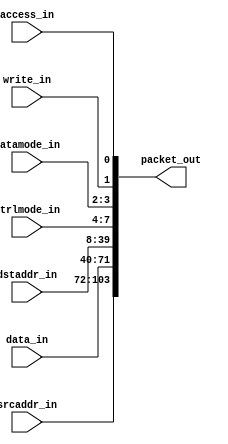
module emesh2packet(
   packet_out,
   access_in, write_in, datamode_in, ctrlmode_in, dstaddr_in, data_in,
   srcaddr_in
   );
   parameter AW=32;
   parameter DW=32;
   parameter PW=104;
   input 	    access_in;
   input 	    write_in;   
   input [1:0] 	    datamode_in;
   input [3:0] 	    ctrlmode_in;
   input [AW-1:0]   dstaddr_in;
   input [DW-1:0]   data_in;   
   input [AW-1:0]   srcaddr_in;   
   output [PW-1:0]  packet_out;
   assign packet_out[0]       = access_in;
   assign packet_out[1]       = write_in;
   assign packet_out[3:2]     = datamode_in[1:0];
   assign packet_out[7:4]     = ctrlmode_in[3:0];
   assign packet_out[39:8]    = dstaddr_in[AW-1:0];
   assign packet_out[71:40]   = data_in[AW-1:0];
   assign packet_out[103:72]  = srcaddr_in[AW-1:0];
endmodule